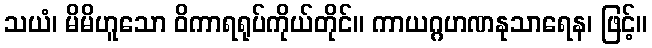
သယံ၊ မိမိဟူသော ဝိကာရရုပ်ကိုယ်တိုင်။ ကာယဂ္ဂဟဏနုသာရေန၊ ဖြင့်။